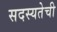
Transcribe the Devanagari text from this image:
सदस्यतेची